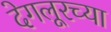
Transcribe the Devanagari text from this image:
देगलूरच्या